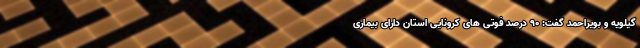
گیلویه و بویراحمد گفت: ۹۰ درصد فوتی های کرونایی استان دارای بیماری